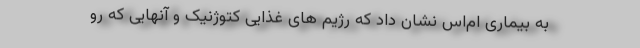
به بیماری ام‌اس نشان داد که رژیم های غذایی کتوژنیک و آنهایی که رو